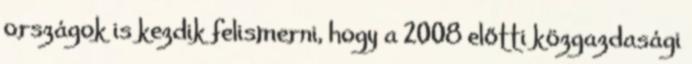
országok is kezdik felismerni, hogy a 2008 előtti közgazdasági